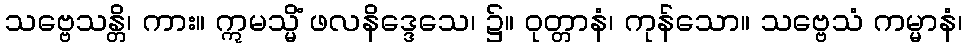
သဗ္ဗေသန္တိ၊ ကား။ ဣမသ္မိံ ဖလနိဒ္ဒေသေ၊ ၌။ ဝုတ္တာနံ၊ ကုန်သော။ သဗ္ဗေသံ ကမ္မာနံ၊